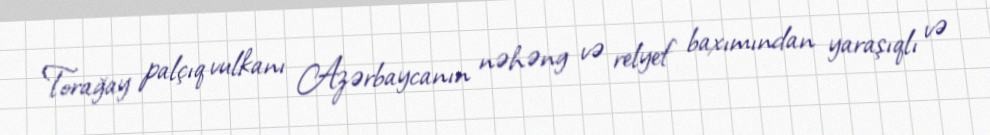
Torağay palçıq vulkanı Azərbaycanın nəhəng və relyef baxımından yaraşıqlı və